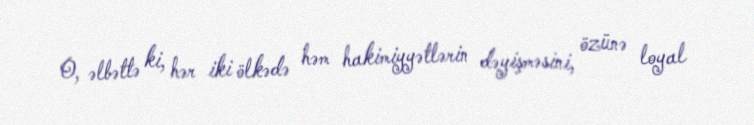
O, əlbəttə ki, hər iki ölkədə həm hakimiyyətlərin dəyişməsini, özünə loyal